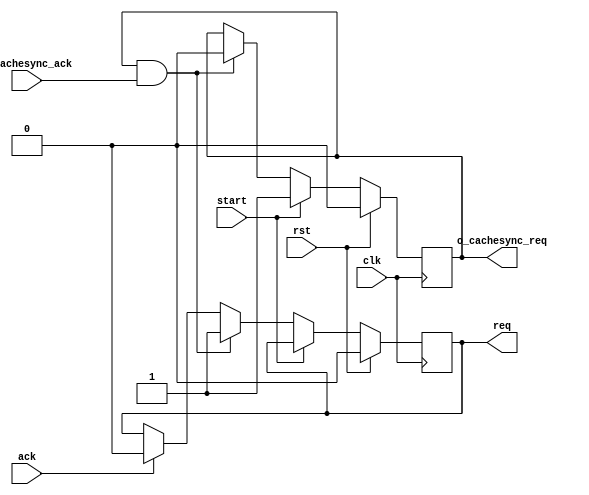
module ysyx_210544_mem_cachesync(
  input   wire                clk,
  input   wire                rst,

  input   wire                start,
  input   wire                ack,
  output  reg                 req,

  ///////////////////////////////////////////////
  // Cache Sync interface
  output  reg                 o_cachesync_req,
  input   wire                i_cachesync_ack
);

wire hs_cachesync;



assign hs_cachesync  = o_cachesync_req & i_cachesync_ack;

always @(posedge clk) begin
  if (rst) begin
    req <= 0;
    o_cachesync_req <= 0;
  end
  else begin
    if (start) begin
      o_cachesync_req <= 1;
    end
    else begin
      if (hs_cachesync) begin
        o_cachesync_req   <= 0;
        req <= 1;
      end
      // 清除req信号
      else if (ack) begin
        req <= 0;
      end
    end
  end
end

endmodule